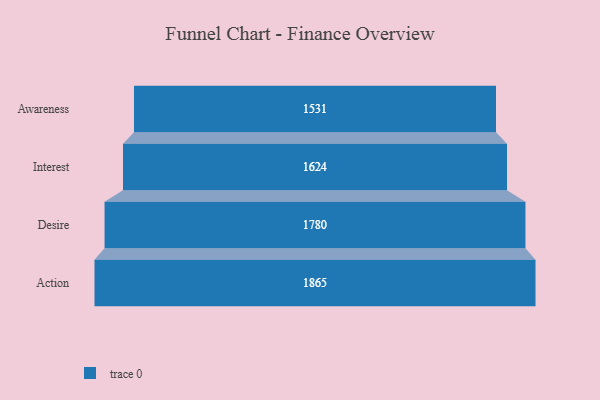
{"axis": {"x": "Stage", "y": "Value"}, "legend": [""], "data": [{"x": "Awareness", "y": 1531.0, "type": ""}, {"x": "Interest", "y": 1624.0, "type": ""}, {"x": "Desire", "y": 1780.0, "type": ""}, {"x": "Action", "y": 1865.0, "type": ""}]}